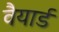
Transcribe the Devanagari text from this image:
वैयार्ड